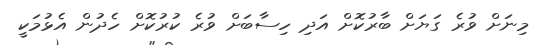
މިނަށް ވުރެ ގަޔަށް ބާރުކޮށް އަދި ހިސާބަށް ވުރެ ކުރުކޮށް ހެދުން އެޅުމަކީ